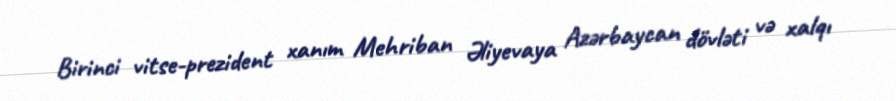
Birinci vitse-prezident xanım Mehriban Əliyevaya Azərbaycan dövləti və xalqı